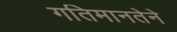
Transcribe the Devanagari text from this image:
गतिमानतेने